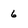
Character: 6